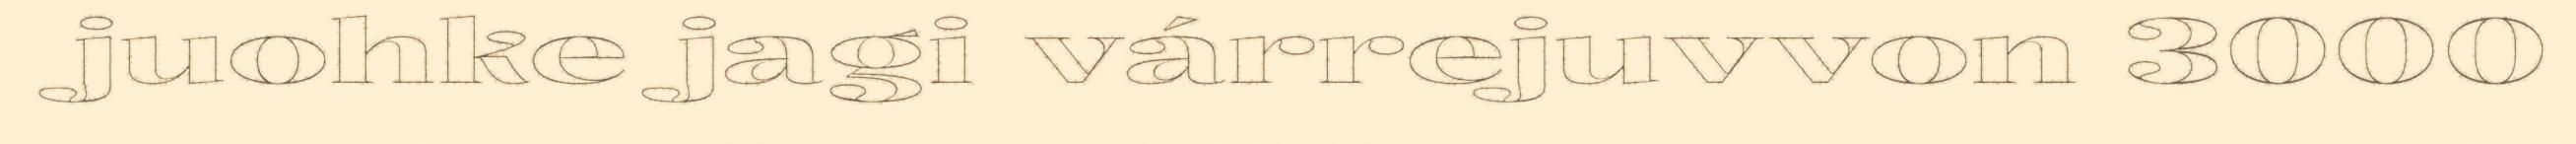
juohke jagi várrejuvvon 3000